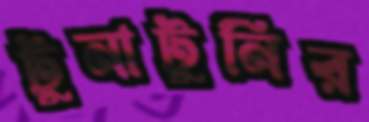
টুনাটুনির